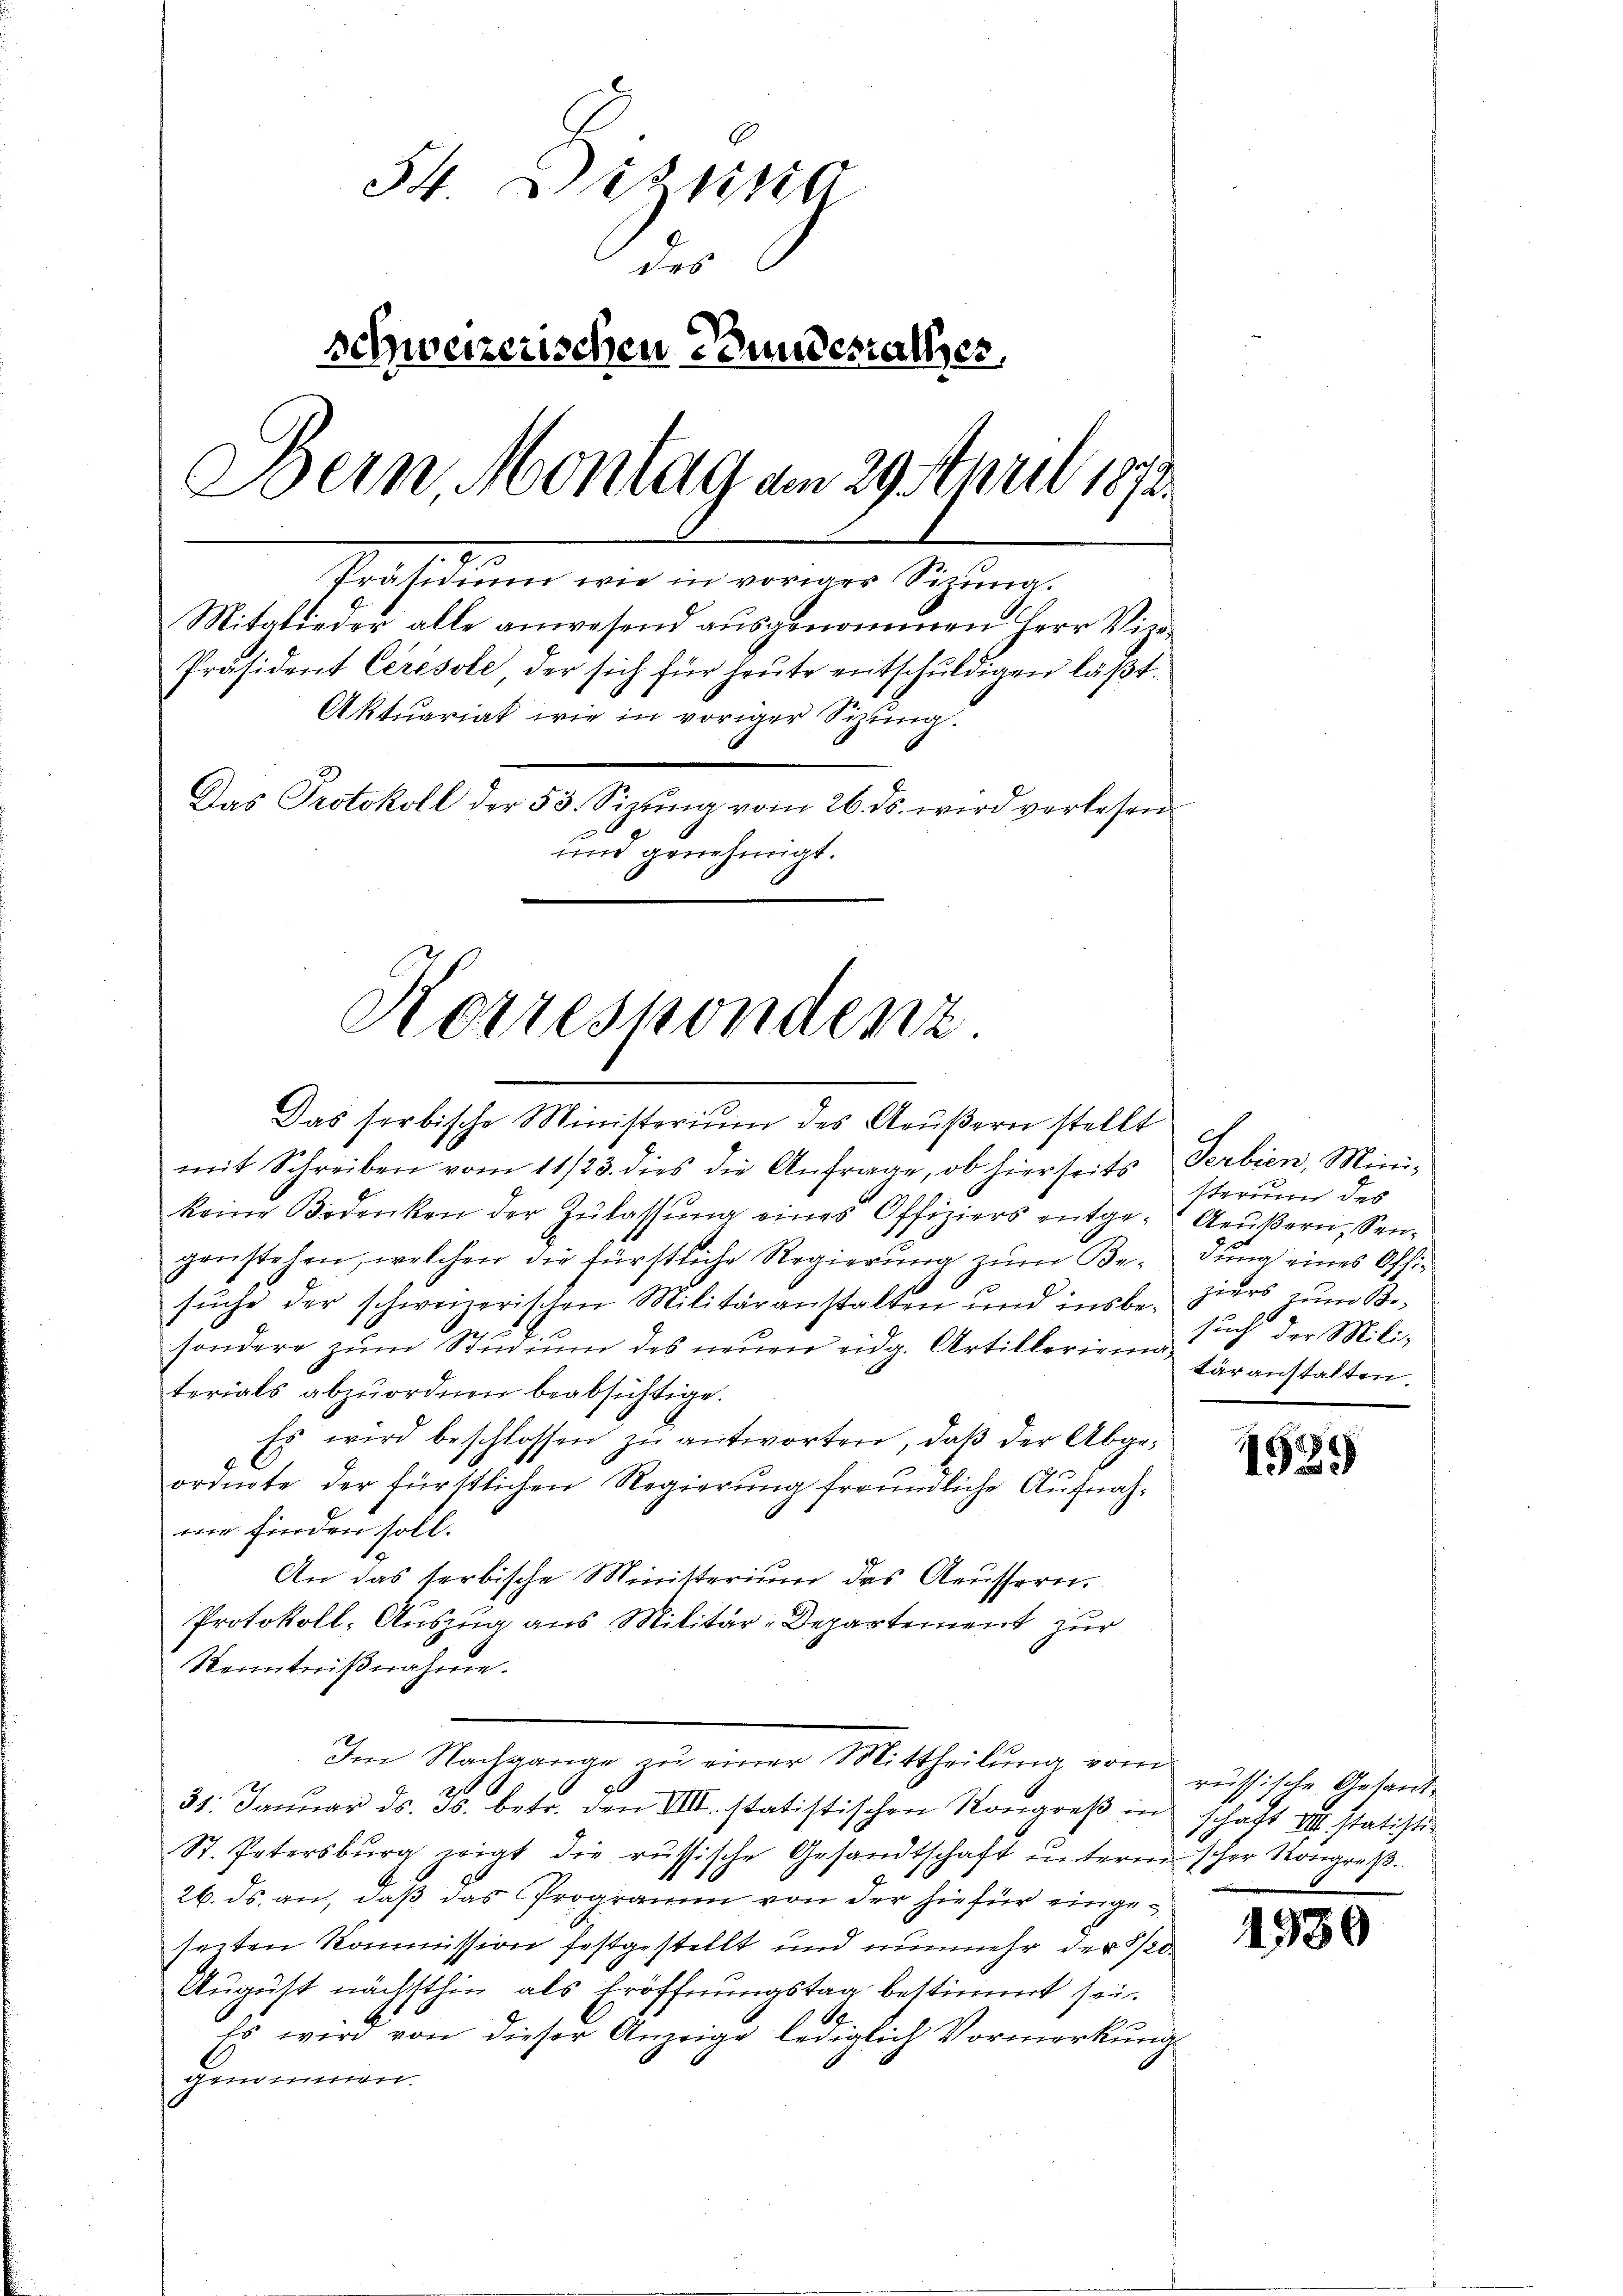
34. Diezing
des
schweizerischen Bundesrathes,
Dein Montag am 29. April 1873.
Präsidium wie in voriger Sizung.
Mitglieder alle anwesend ausgenommen Herr Vizi¬
Präsident Ceresole der sich für heŭte entschŭldigen läβt.
Aktuariat wie in voriger Sizung.
Das Protokoll der 53. Sizŭng vom 26. ds. wird verlesen
und genehmigt.

Kierrespondenz.

Das serbische Ministerium des Aeŭβern stellt
mit Schreiben vom 11/23. dies die Anfrage, ob hierseits
keine Bodenken der Zŭlassŭng eines Offiziers entge-
genstehen, welchen die fürstliche Regierung zŭm Be-
sŭche der schweizerischen Militäranstalten und insbe- ziers zum Be-
sondere zŭm Stŭdiŭm des neŭen eidg. Artillerien in der Mili-
terials abzuordnen beabsichtige.
Es wird beschlossen zu antworten, daß der Abgeordnete der fürstlichen Regierung freundliche Aufnahme finden soll.
An das serbische Ministerium des Aeussern.
Protokoll: Auszug aus Militär-Departement zur
Kenntnißnahme.
Im Nachgange zŭ einer Mittheilŭng vom russische Antant
31. Janŭar ds. Js. betr. den VIII. statistischen Rongreβ in schaft VIII. statisti¬
St. Patersburg zeigt die russische Gesandtschaft ŭnterm scher Kongreß.
26. ds. an, daß das Programm von der hiefür eingeseiten Kommission festgestellt und nunmehr der So¬
August nächsthin als Eröffnungstag bestimmt sei.
Es wird von dieser Anzeige lediglich Vormerkung
genommen.

Ferbien, Mini-
sterium des
Aeußern, Sendung eines Offitäranstalten.

1529

1930